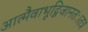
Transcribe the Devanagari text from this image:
आत्मैवाभूद्विजानतः।तत्र